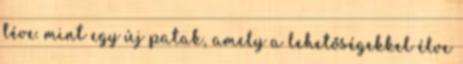
téve. mint egy új patak, amely a lehetőségekkel élve